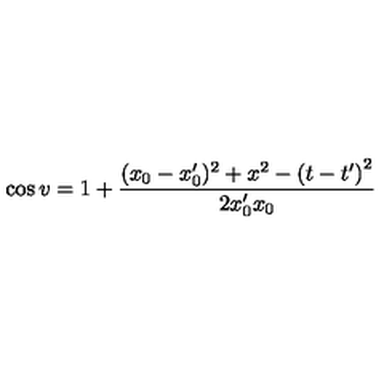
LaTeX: \cos v = 1 + \frac { ( x _ { 0 } - x _ { 0 } ^ { \prime } ) ^ { 2 } + x ^ { 2 } - \left( t - t ^ { \prime } \right) ^ { 2 } } { 2 x _ { 0 } ^ { \prime } x _ { 0 } }